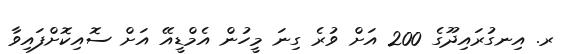
ރ. އިނގުރައިދޫގެ 200 އަށް ވުރެ ގިނަ މީހުން އެމްޑީއޭ އަށް ސޮއިކޮށްފައިވާ